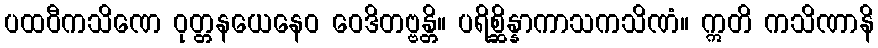
ပထဝီကသိဏေ ဝုတ္တနယေနေဝ ဝေဒိတဗ္ဗန္တိ။ ပရိစ္ဆိန္နာကာသကသိဏံ။ ဣတိ ကသိဏာနိ